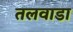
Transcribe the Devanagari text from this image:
तलवाडा